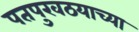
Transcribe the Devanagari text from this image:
पतपुरवठयाच्या